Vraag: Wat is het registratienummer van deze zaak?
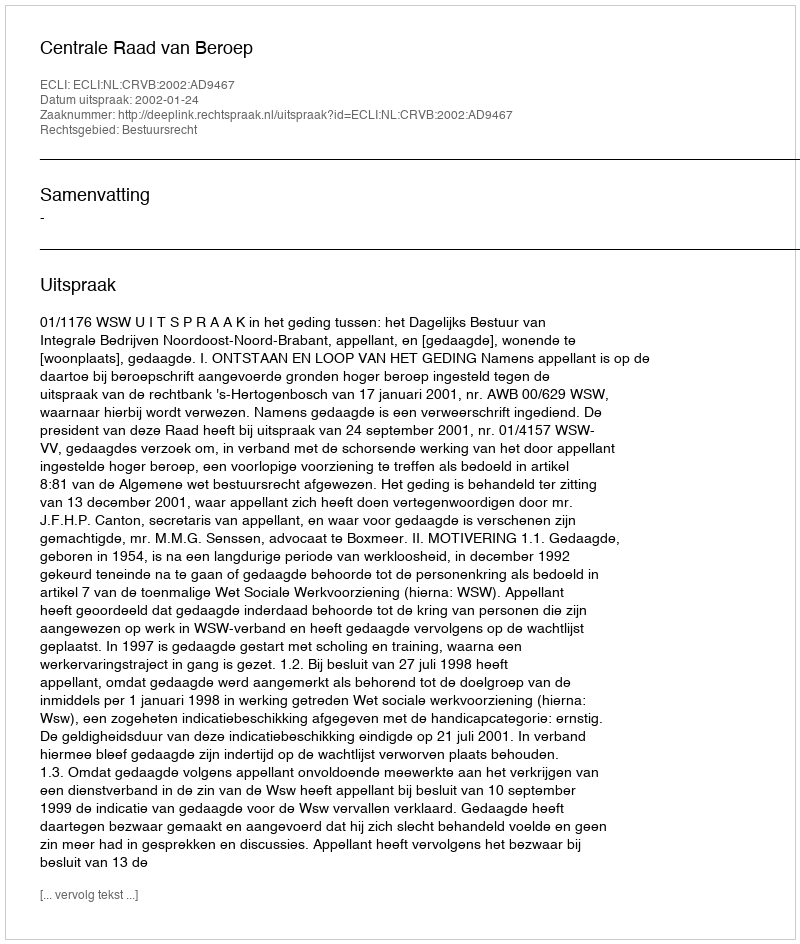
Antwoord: http://deeplink.rechtspraak.nl/uitspraak?id=ECLI:NL:CRVB:2002:AD9467